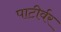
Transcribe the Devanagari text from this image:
पाटीर्वर